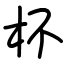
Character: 杯